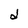
Character: d